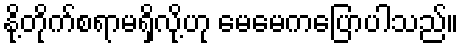
နို့တိုက်စရာမရှိလို့ဟု မေမေကပြောပါသည်။